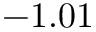
- 1 . 0 1